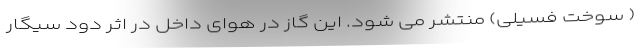
( سوخت فسیلی) منتشر می شود. این گاز در هوای داخل در اثر دود سیگار